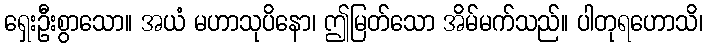
ရှေးဦးစွာသော။ အယံ မဟာသုပိနော၊ ဤမြတ်သော အိမ်မက်သည်။ ပါတုရဟောသိ၊